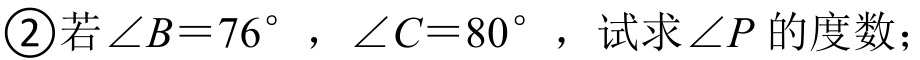
\textcircled{2}若$\angle B = 76^{\circ}$，$\angle C = 80^{\circ}$，试求$\angle P$的度数；